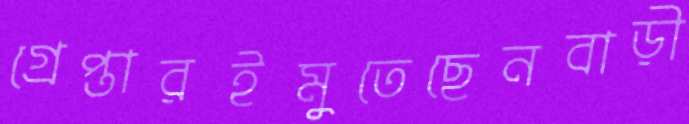
গ্রেপ্তারইমুতেছেনবাড়ী